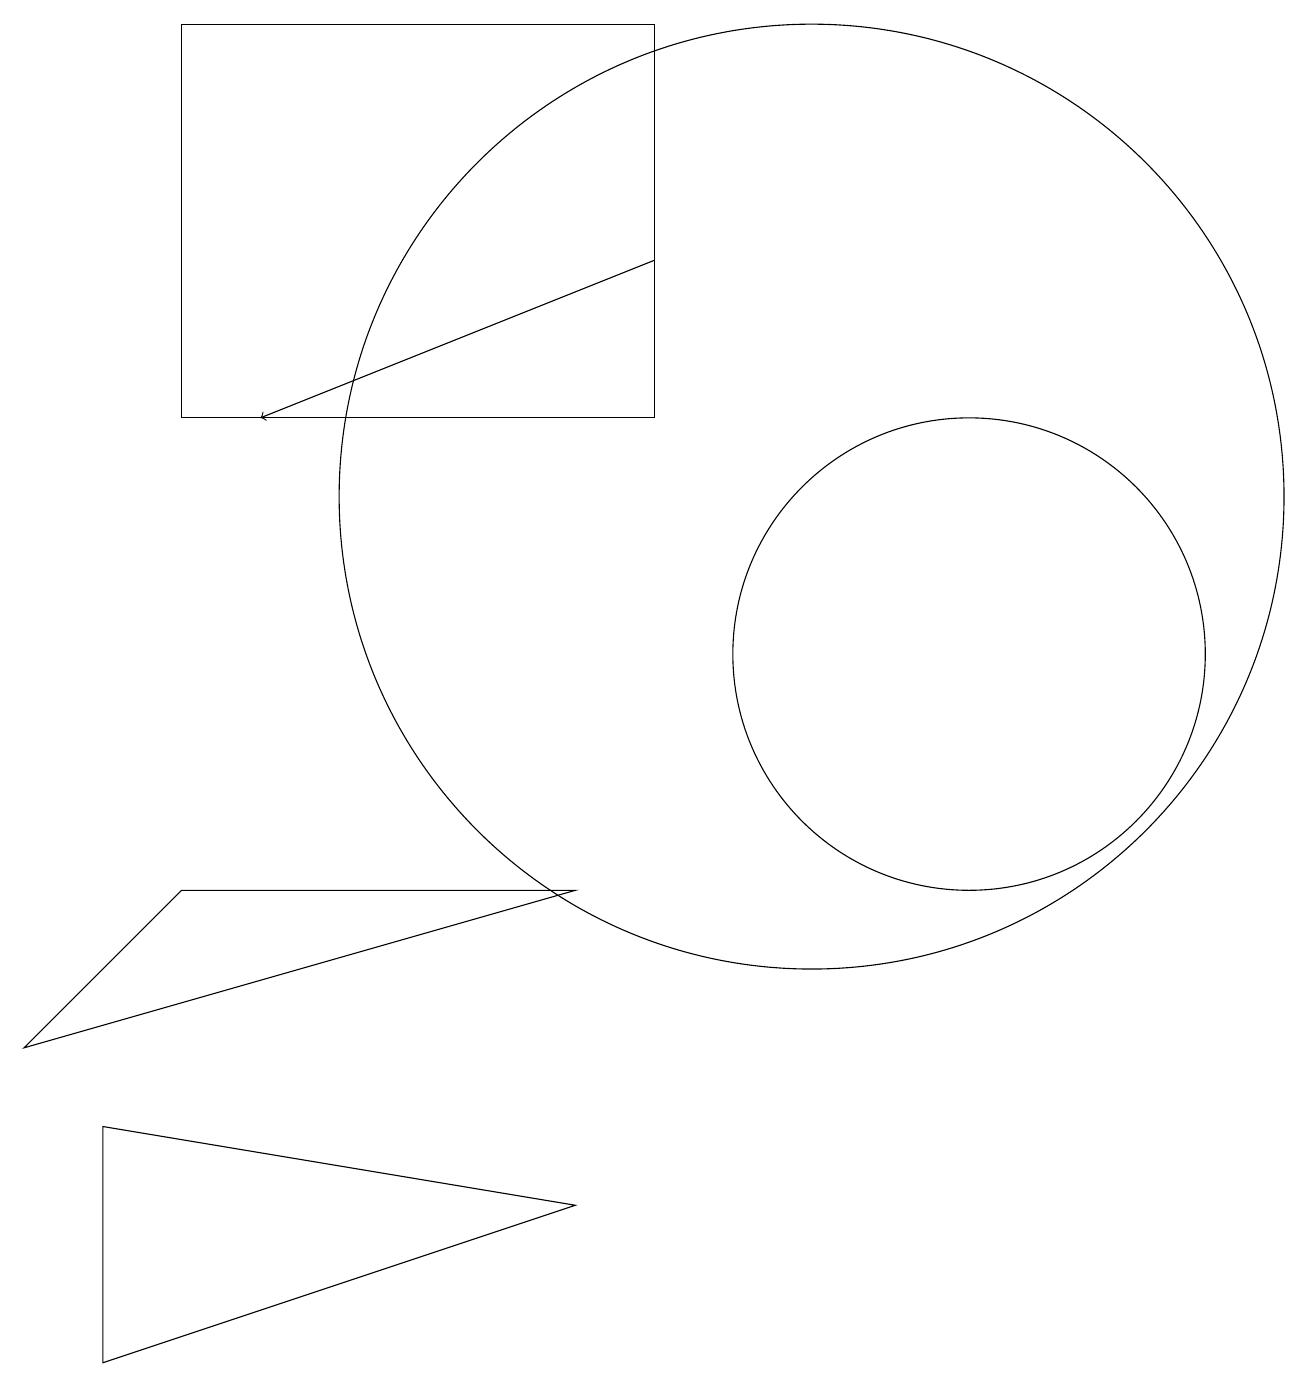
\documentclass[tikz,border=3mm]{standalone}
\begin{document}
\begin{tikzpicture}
\draw (10,12) circle (6);
\draw (1,4) -- (7,3) -- (1,1) -- cycle;
\draw (0,5) -- (7,7) -- (2,7) -- cycle;
\draw (2,13) rectangle (8,18);
\draw (12,11) circle (0);
\draw[->] (8,15) -- (3,13);
\draw (12,10) circle (3);
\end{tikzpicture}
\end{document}